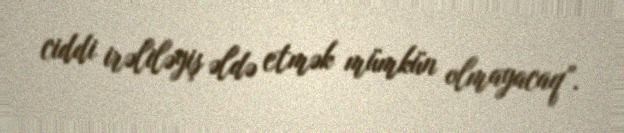
ciddi irəliləyiş əldə etmək mümkün olmayacaq”.